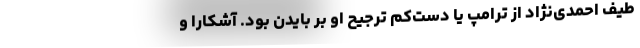
طیف احمدی‌نژاد از ترامپ یا دست‌کم ترجیح او بر بایدن بود. آشکارا و